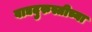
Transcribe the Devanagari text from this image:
वाद्यदुरुस्तीच्या